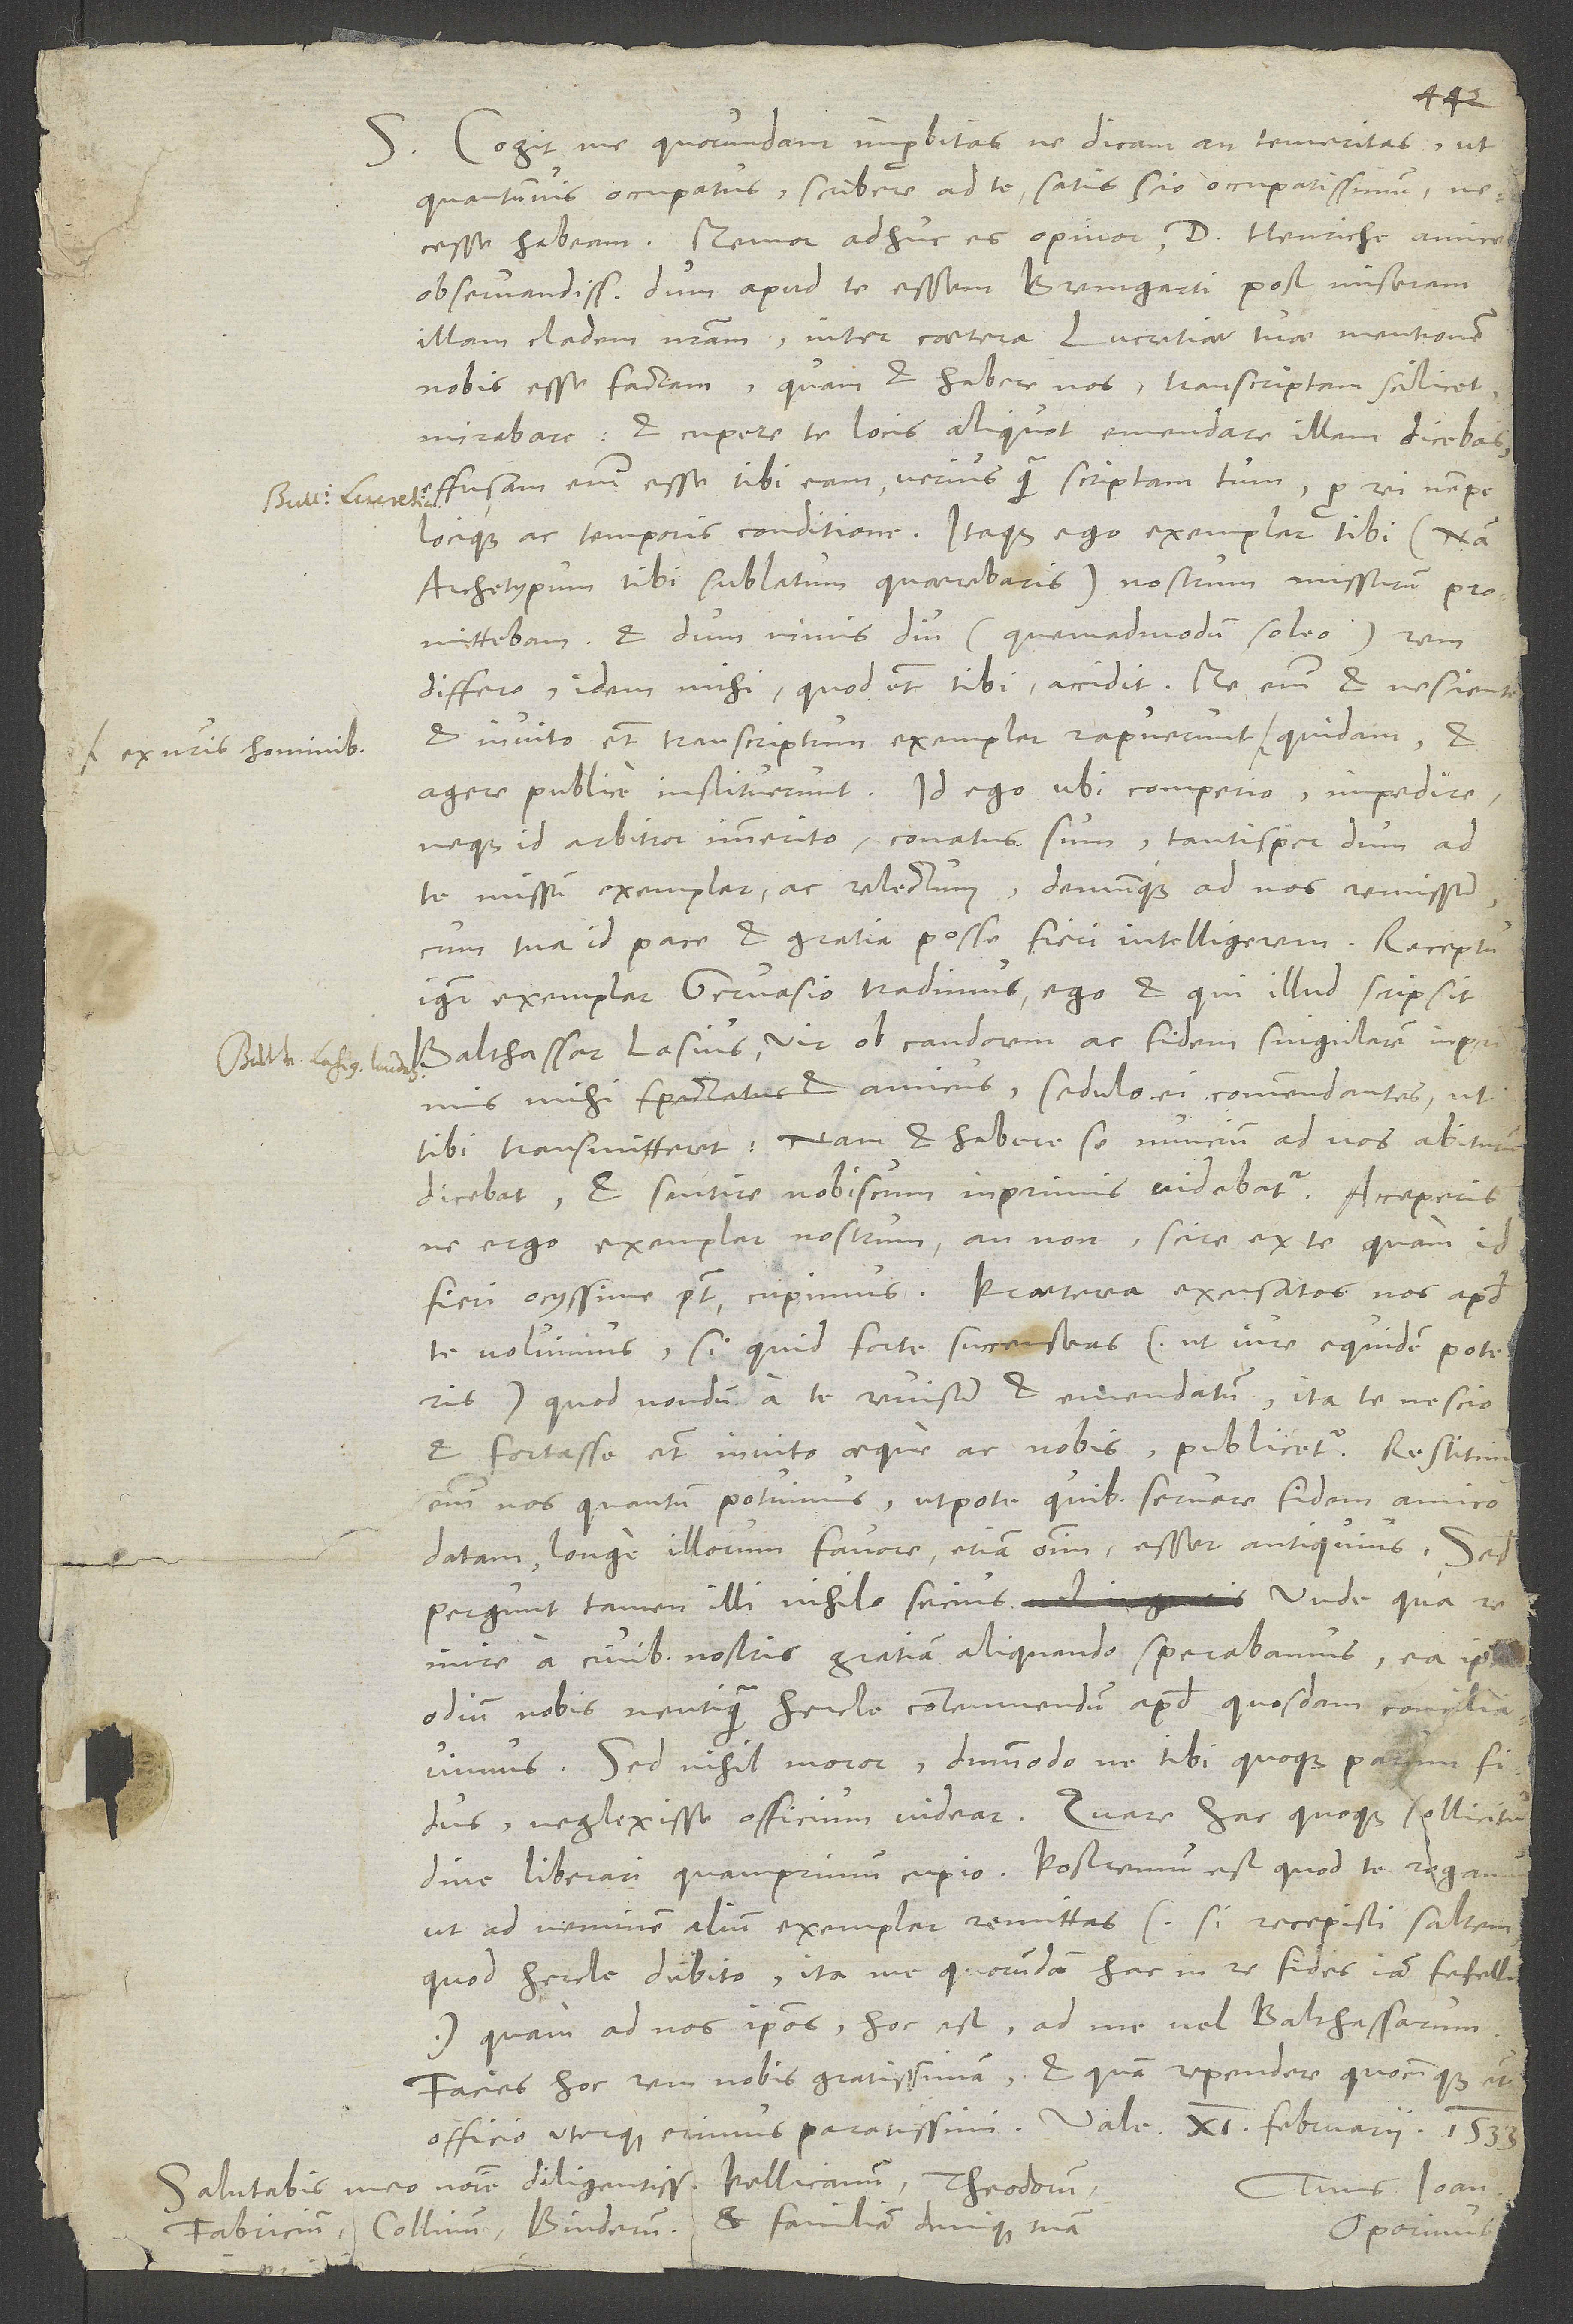
S. Cogit me quorundam improbitas, ne dicam an temeritas, ut
quantumvis occupatus scribere ad te, satis scio, occupatissimum
necesse habeam. Memor adhuc es, opinor, d. Henriche, amice
observandissime, dum apud te essem Bremgarti post miseram
illam cladem nostram, inter caetera Lucretiae tuae mentionem
nobis esse factam. Quam et habere nos, transcriptam scilicet,
mirabare et cupere te locis aliquot emendare illam dicebas.
Effusam enim esse tibi eam verius quam scriptam tum, pro rei nempe
locique ac temporis conditione. Itaque ego exemplar tibi, nam
archetypum tibi sublatum quaerebaris, nostram missurum promittebam,
differo, idem mihi quod etiam tibi accidit. Me enim et nesciente
et invito etiam transcriptum exemplar rapuerunt
ex nostris hominibus
agere publice instituerunt. Id ego ubi comperio, impedire,
neque id arbitror immerito, conatus sum tantisper, dum ad
te missum exemplar ac relectum demumque ad nos remissum
cum tua id pace et gratia posse fieri intelligerem. Receptum
igitur exemplar Gervasio tradimus, ego et qui illud scripsit,
Balthassar Lasius, vir ob candorem ac fidem singularem inprimis
mihi spectatus et amicus, sedulo ei commendantes, ut
tibi transmitteret. Nam et habere se nuncium ad vos abiturum
dicebat et sentire nobiscum inprimis videbatur. Acceperisne
ergo exemplar nostrum an non, scire ex te, quam id
fieri ocyssime potest, cupimus. Praeterea excusatos nos apud
te voluimus, si quid forte succenseas, ut iure equidem poteris,
quod nondum a te revisum et emendatum ita te nescio
et fortasse etiam invito aeque ac nobis publicetur. Restitimus
enim nos, quantum potuimus, utpote quibus servare fidem amico
datam longe illorum favore etiam omnium esset antiquius. Sed
pergunt tamen illi nihilo secius. Unde qua re
inire a civibus nostris gratiam aliquando sperabamus, ea ipsa
odium nobis neutiquam hercle contemnendum apud quosdam conciliavimus.
Sed nihil moror, dummodo ne tibi quoque parum fidus
neglexisse officium videar. Quare hac quoque sollicitudine
liberari quam primum cupio. Postremum est, quod te rogamus,
ut ad neminem alium exemplar remittas - si recepisti saltem,
quod hercle dubito. Ita me quorundam hac in re fides iam fefellit
quam ad nos ipsos, hoc est ad me vel Balthassarum.
Facies hoc rem nobis gratissimam et quam rependere quocunque etiam
officio uterque erimus paratissimi. Vale. 11. februarii 1533.
Salutabis meo nomine diligentissime Pellicanum, Theodorum,
Tuus Ioan.
et familiam denique tuam.
Collinum, Binderum
Oporinus.
Fabricium,